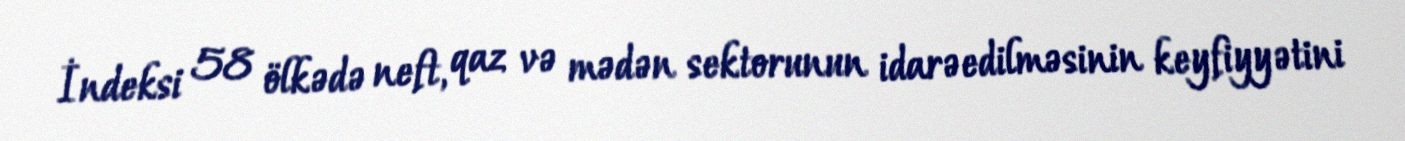
İndeksi 58 ölkədə neft, qaz və mədən sektorunun idarəedilməsinin keyfiyyətini